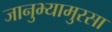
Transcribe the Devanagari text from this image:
जानुभ्यामुरसा